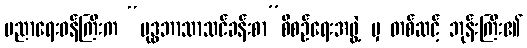
ပညာရေးဝန်ကြီးက “ဗုဒ္ဓဘာသာသင်ခန်းစာ”စီစဉ်ရေးအဖွဲ့ မှ တစ်ဆင့် ဘုန်းကြီး၏